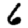
Digit: 6